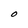
Character: O